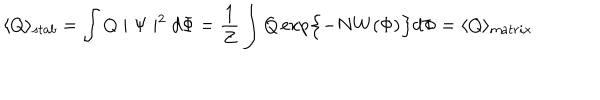
LaTeX: \langle Q \rangle _ { s t a b } = \int Q \mid \Psi \mid ^ { 2 } d \Phi = \frac { 1 } { Z } \int Q \exp \Bigl \{ - N W ( \Phi ) \Bigr \} d \Phi = \langle Q \rangle _ { m a t r i x }